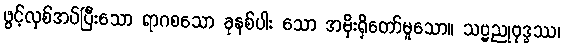
ဖွင့်လှစ်အပ်ပြီးသော ရာဂစသော ခုနစ်ပါး သော အမိုးရှိတော်မူသော။ သဗ္ဗညုဗုဒ္ဓဿ၊